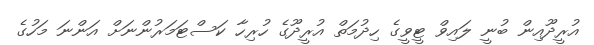
އުރީދޫއިން ބުނީ ލައިވް ޓީވީގެ ހިދުމަތް އުރީދޫގެ ހުރިހާ ކަސްޓަމަރުންނަށް އަަންނަ މަހުގެ